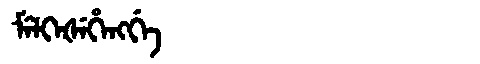
Manchu: ᠮᡝᠯᡴᡝᡧᡝᡥᡝᠩᡤᡝ
Romanization: MELKEŠEHENGGE